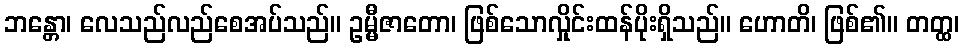
ဘန္တော၊ လေသည်လည်စေအပ်သည်။ ဥမ္မီဇာတော၊ ဖြစ်သောလှိုင်းထန်ပိုးရှိသည်။ ဟောတိ၊ ဖြစ်၏။ တတ္ထ၊